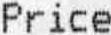
PRICE